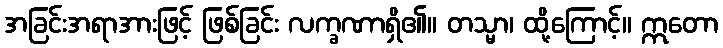
အခြင်းအရာအားဖြင့် ဖြစ်ခြင်း လက္ခဏာရှိ၏။ တသ္မာ၊ ထို့ကြောင့်။ ဣတော